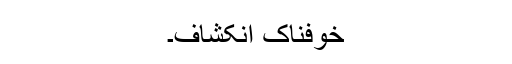
خوفناک انکشاف۔